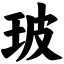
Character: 玻